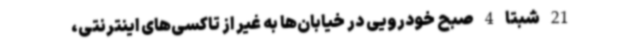
21 شبتا 4 صبح خودرویی در خیابان‌ها به غیر از تاکسی‌های اینترنتی،